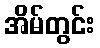
အိမ်တွင်း